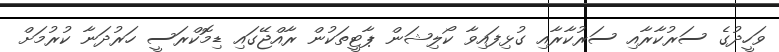
ވަހީދުގެ ސަރުކާރާއި ސަރުކާރާއި ގުޅިފައިވާ ކޯލިޝަން ޕާޓީތަކުން ރާއްޖޭގައި ޑިމޮކްރަސީ ހަރުދަނާ ކުރުމަށް